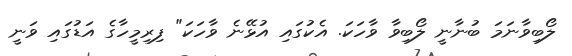
ލޯބިވާނަމަ ބުނާނީ ލޯބިވާ ވާހަކަ. އެކުގައި އުޅޭނެ ވާހަކަ" ފިރިމީހާގެ އަޑުގައި ވަނީ